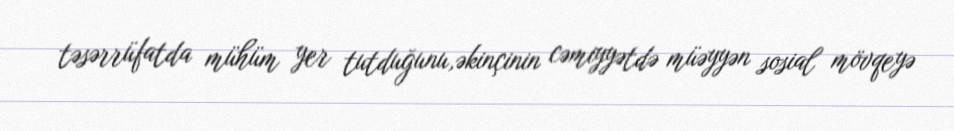
təsərrüfatda mühüm yer tutduğunu,əkinçinin cəmiyyətdə müəyyən sosial mövqeyə